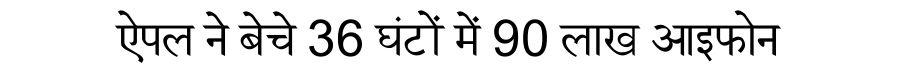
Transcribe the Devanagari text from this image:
ऐपल ने बेचे 36 घंटों में 90 लाख आइफोन